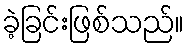
ခဲ့ခြင်းဖြစ်သည်။